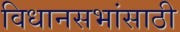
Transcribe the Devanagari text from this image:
विधानसभांसाठी